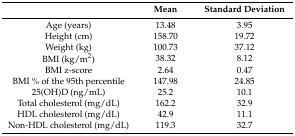
<table><thead><tr><td></td><td><b>Mean</b></td><td><b>Standard Deviation</b></td></tr></thead><tbody><tr><td>Age (years)</td><td>13.48</td><td>3.95</td></tr><tr><td>Height (cm)</td><td>158.70</td><td>19.72</td></tr><tr><td>Weight (kg)</td><td>100.73</td><td>37.12</td></tr><tr><td>BMI (kg/m<sup>2</sup>)</td><td>38.32</td><td>8.12</td></tr><tr><td>BMI z-score</td><td>2.64</td><td>0.47</td></tr><tr><td>BMI % of the 95th percentile</td><td>147.98</td><td>24.85</td></tr><tr><td>25(OH)D (ng/mL)</td><td>25.2</td><td>10.1</td></tr><tr><td>Total cholesterol (mg/dL)</td><td>162.2</td><td>32.9</td></tr><tr><td>HDL cholesterol (mg/dL)</td><td>42.9</td><td>11.1</td></tr><tr><td>Non-HDL cholesterol (mg/dL)</td><td>119.3</td><td>32.7</td></tr></tbody></table>